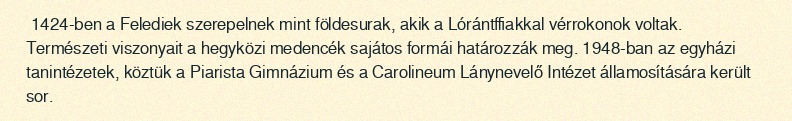
1424-ben a Felediek szerepelnek mint földesurak, akik a Lórántffiakkal vérrokonok voltak. Természeti viszonyait a hegyközi medencék sajátos formái határozzák meg. 1948-ban az egyházi tanintézetek, köztük a Piarista Gimnázium és a Carolineum Lánynevelő Intézet államosítására került sor.